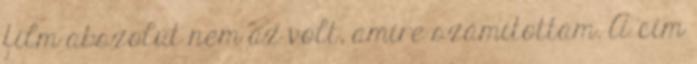
film abszolút nem az volt, amire számítottam. A cím